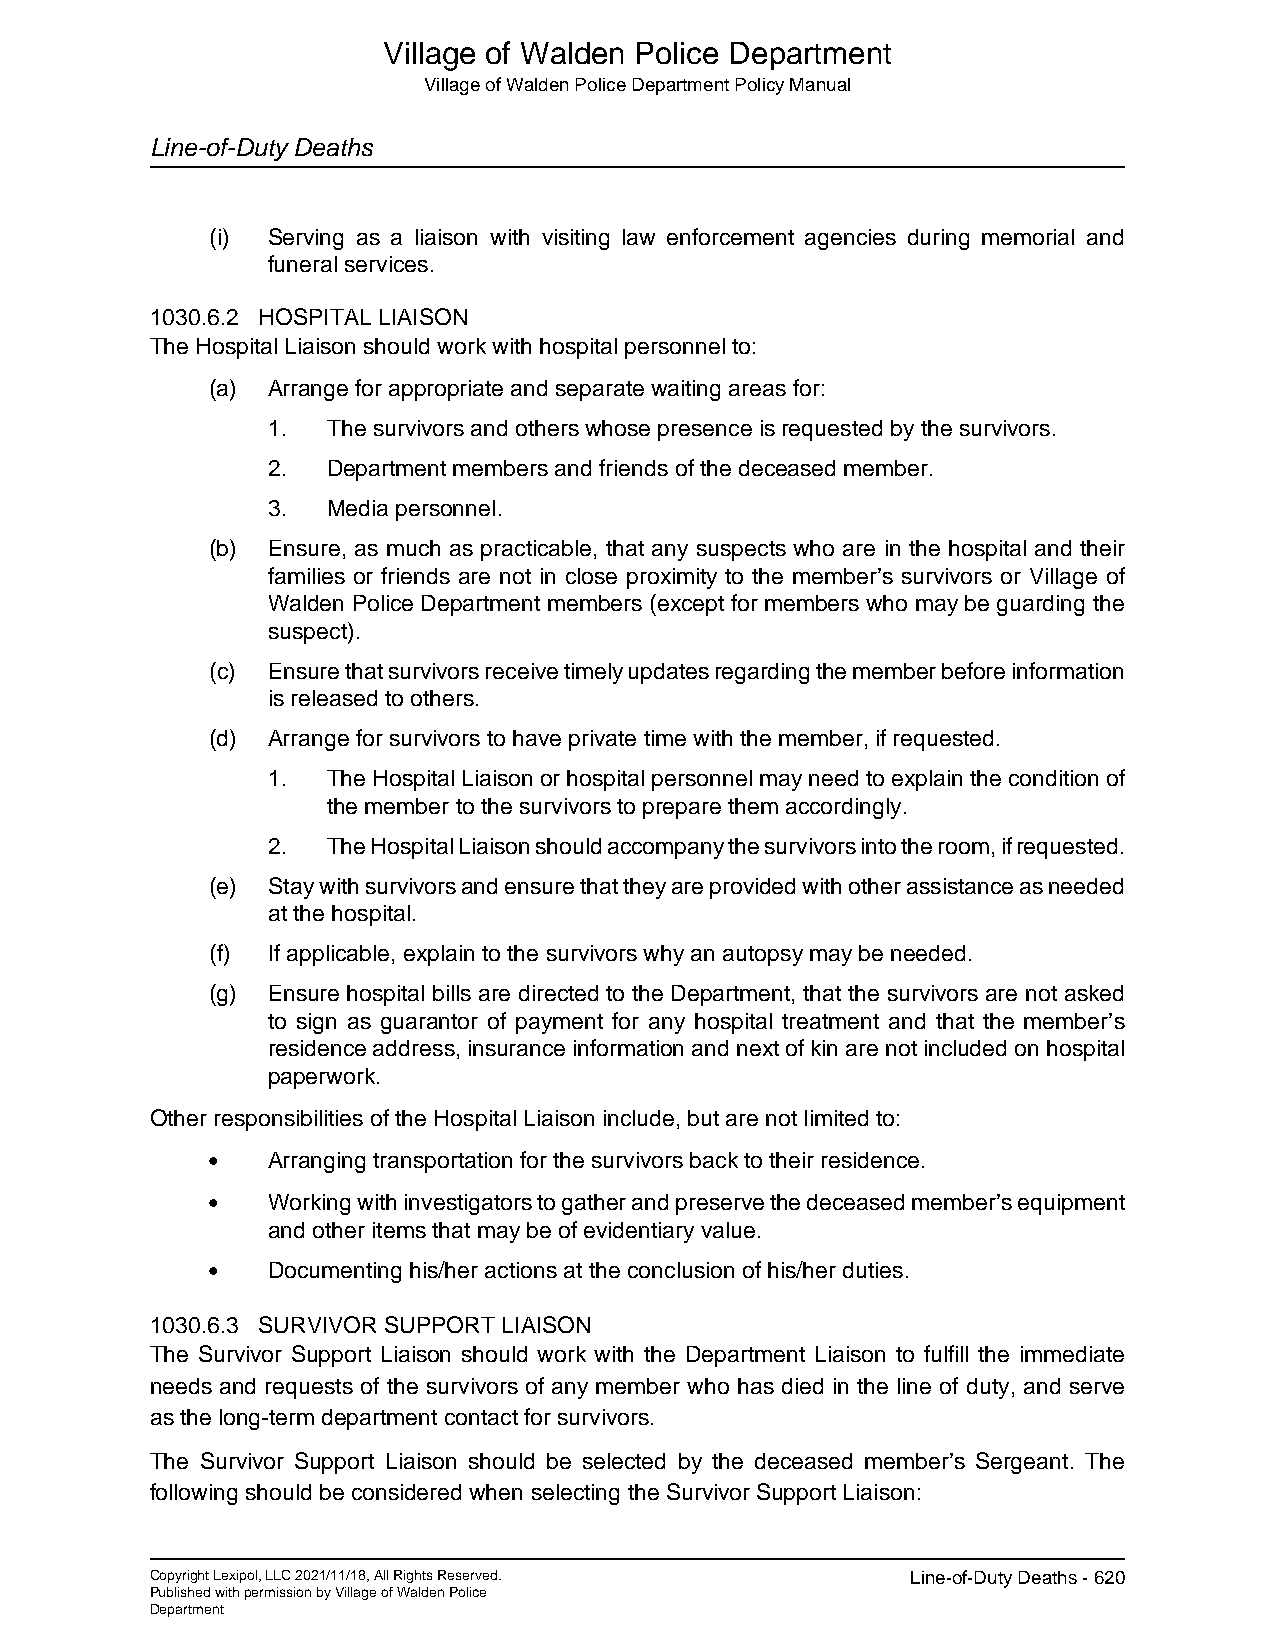
Village of Walden Police Department
 Village of Walden Police Department Policy Manual
 Line-of-Duty Deaths
 (i) Serving as a liaison with visiting law enforcement agencies during memorial and
 funeral services.
 1030.6.2 HOSPITAL LIAISON
 The Hospital Liaison should work with hospital personnel to:
 (a) Arrange for appropriate and separate waiting areas for:
 1.  The survivors and others whose presence is requested by the survivors.
 2.  Department members and friends of the deceased member.
 3.  Media personnel.
 (b) Ensure, as much as practicable, that any suspects who are in the hospital and their
 families or friends are not in close proximity to the member’s survivors or Village of
 Walden Police Department members (except for members who may be guarding the
 suspect).
 (c) Ensure that survivors receive timely updates regarding the member before information
 is released to others.
 (d) Arrange for survivors to have private time with the member, if requested.
 1.  The Hospital Liaison or hospital personnel may need to explain the condition of
 the member to the survivors to prepare them accordingly.
 2.  The Hospital Liaison should accompany the survivors into the room, if requested.
 (e) Stay with survivors and ensure that they are provided with other assistance as needed
 at the hospital.
 (f) If applicable, explain to the survivors why an autopsy may be needed.
 (g) Ensure hospital bills are directed to the Department, that the survivors are not asked
 to sign as guarantor of payment for any hospital treatment and that the member’s
 residence address, insurance information and next of kin are not included on hospital
 paperwork.
 Other responsibilities of the Hospital Liaison include, but are not limited to:
 •   Arranging transportation for the survivors back to their residence.
 •   Working with investigators to gather and preserve the deceased member’s equipment
 and other items that may be of evidentiary value.
 •   Documenting his/her actions at the conclusion of his/her duties.
 1030.6.3 SURVIVOR SUPPORT LIAISON
 The Survivor Support Liaison should work with the Department Liaison to fulfill the immediate
 needs and requests of the survivors of any member who has died in the line of duty, and serve
 as the long-term department contact for survivors.
 The Survivor Support Liaison should be selected by the deceased member’s Sergeant. The
 following should be considered when selecting the Survivor Support Liaison:
 Copyright Lexipol, LLC 2021/11/18, All Rights Reserved. Line-of-Duty Deaths - 620
 Published with permission by Village of Walden Police
 Department